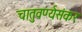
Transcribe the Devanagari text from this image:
चातुवर्ण्यसंकर